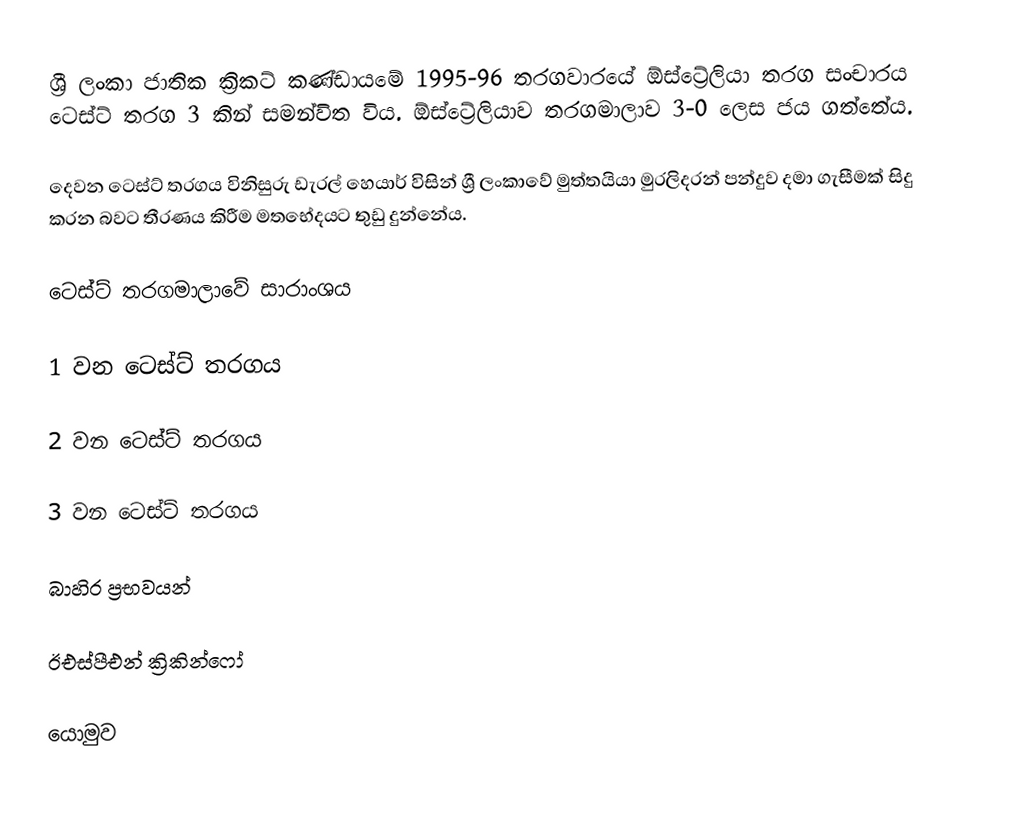
ශ්‍රී ලංකා ජාතික ක්‍රිකට් කණ්ඩායමේ 1995-96 තරගවාරයේ ඕස්ට්‍රේලියා තරග සංචාරය ටෙස්ට් තරග 3 කින් සමන්විත විය. ඕස්ට්‍රේලියාව තරගමාලාව 3-0 ලෙස ජය ගත්තේය.

දෙවන ටෙස්ට් තරගය විනිසුරු ඩැරල් හෙයාර් විසින් ශ්‍රී ලංකාවේ මුත්තයියා මුරලිදරන් පන්දුව දමා ගැසීමක් සිදු කරන බවට තීරණය කිරීම මතභේදයට තුඩු දුන්නේය.

ටෙස්ට් තරගමාලාවේ සාරාංශය

1 වන ටෙස්ට් තරගය

2 වන ටෙස්ට් තරගය

3 වන ටෙස්ට් තරගය

බාහිර ප්‍රභවයන්

 ඊඑස්පීඑන් ක්‍රිකින්ෆෝ

යොමුව